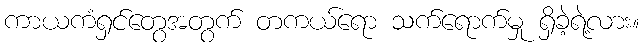
ကာယကံရှင်တွေအတွက် တကယ်ရော သက်ရောက်မှု ရှိခဲ့ရဲ့လား။